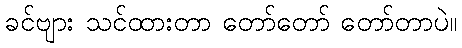
ခင်ဗျား သင်ထားတာ တော်တော် တော်တာပဲ။